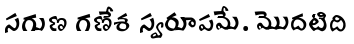
సగుణ గణేశ స్వరూపమే. మొదటిది